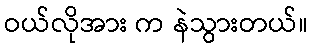
ဝယ်လိုအား က နဲသွားတယ်။